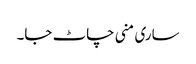
ساری منی چاٹ جا۔